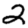
Digit: 2